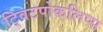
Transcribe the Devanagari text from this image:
ट्विटपोकलिप्स